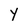
Character: Y